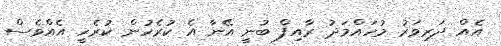
އެއް ދަރިވަރު މުހައްމަދު ރާއިފް ބުނީ އޭނާ އެ ކުރެހުން ކުރެހީ އެއްވެސް